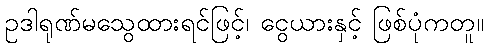
ဥဒါရုဏ်မသွေထားရင်ဖြင့်၊ ငွေယားနှင့် ဖြစ်ပုံကတူ။